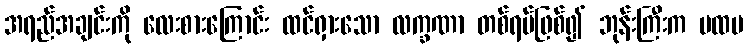
အရည်အချင်းကို လေးစားကြောင်း ထင်ရှားသော လက္ခဏာ တစ်ရပ်ဖြစ်၍ ဘုန်းကြီးက ပထမ